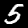
Digit: 5